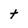
Character: t